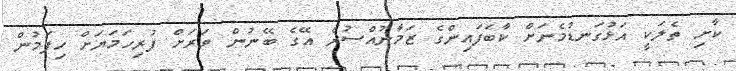
ކާށި ތެލަކީ އަޅުގަނޑުމެނަށް ކާބަފައިންގެ ޒަމާނުއްސުރެ އޭގެ ބޭނުން ވަރަށް ފުރިހަމަޔަށް ހިފަމުން